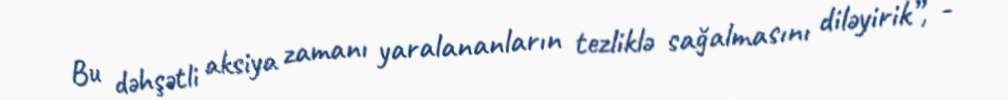
Bu dəhşətli aksiya zamanı yaralananların tezliklə sağalmasını diləyirik”, -